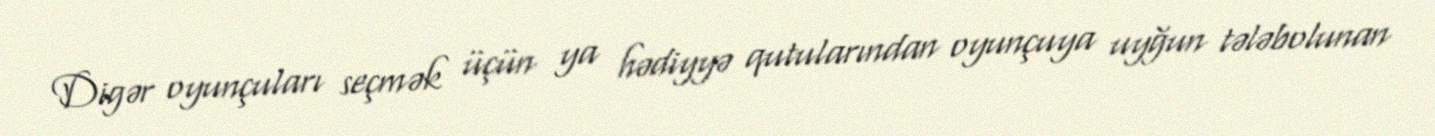
Digər oyunçuları seçmək üçün ya hədiyyə qutularından oyunçuya uyğun tələbolunan